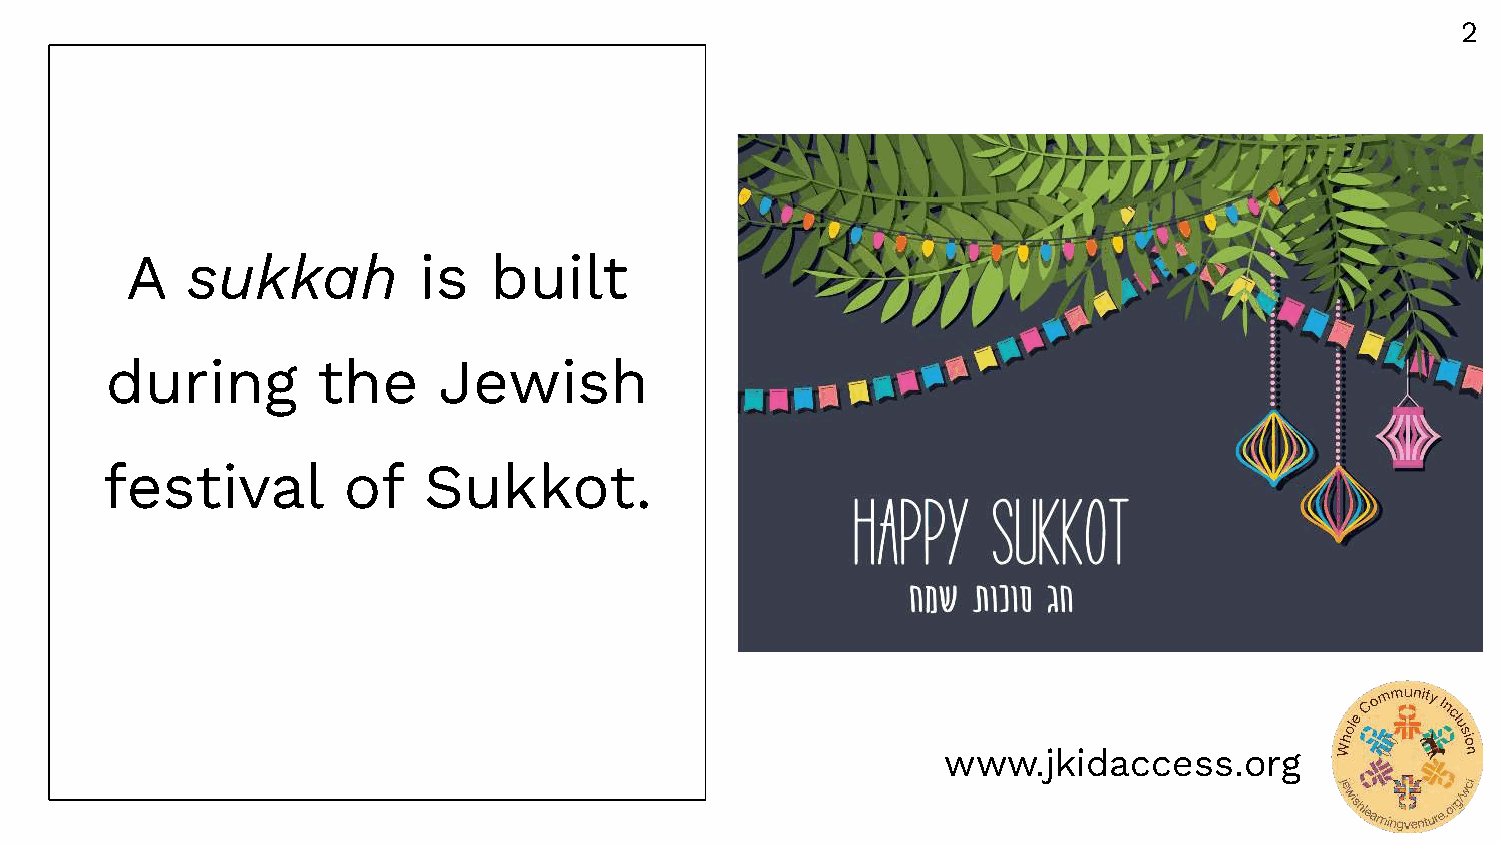
2
 A   sukkah          is  built
 during        the     Jewish
 festival        of   Sukkot.
 www.jkidaccess.org